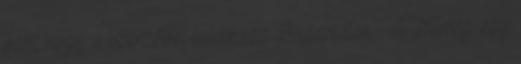
van, hogy a szerzővel találkozz Budapesten A Térség: egy